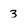
Character: 3